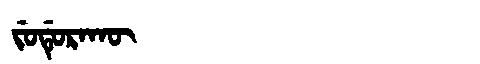
Manchu: ᠵᡠᡩᡠᡵᠠᡴᡡ
Romanization: JUDURAKŪ